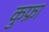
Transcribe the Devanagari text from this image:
कुफ्रा